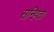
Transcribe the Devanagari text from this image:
सन्हिता